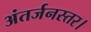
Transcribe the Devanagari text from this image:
अंतर्जनस्तर।